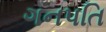
ગનપતિ